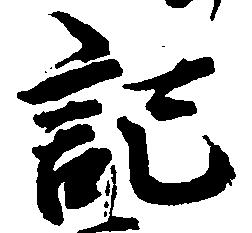
記